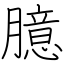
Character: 臆